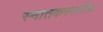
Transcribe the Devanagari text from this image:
स्नातकस्तरीय